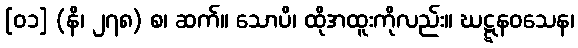
[၀၁] (နိ၊ ၂၇၈) စ၊ ဆက်။ သောပိ၊ ထိုအထူးကိုလည်း။ ဃဋ္ဋနဝသေန၊